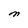
Character: M